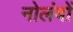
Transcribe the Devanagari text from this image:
नोलंबों